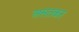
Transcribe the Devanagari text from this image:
असतकर